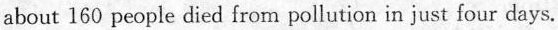
about 160 people died from pollution in just four days.